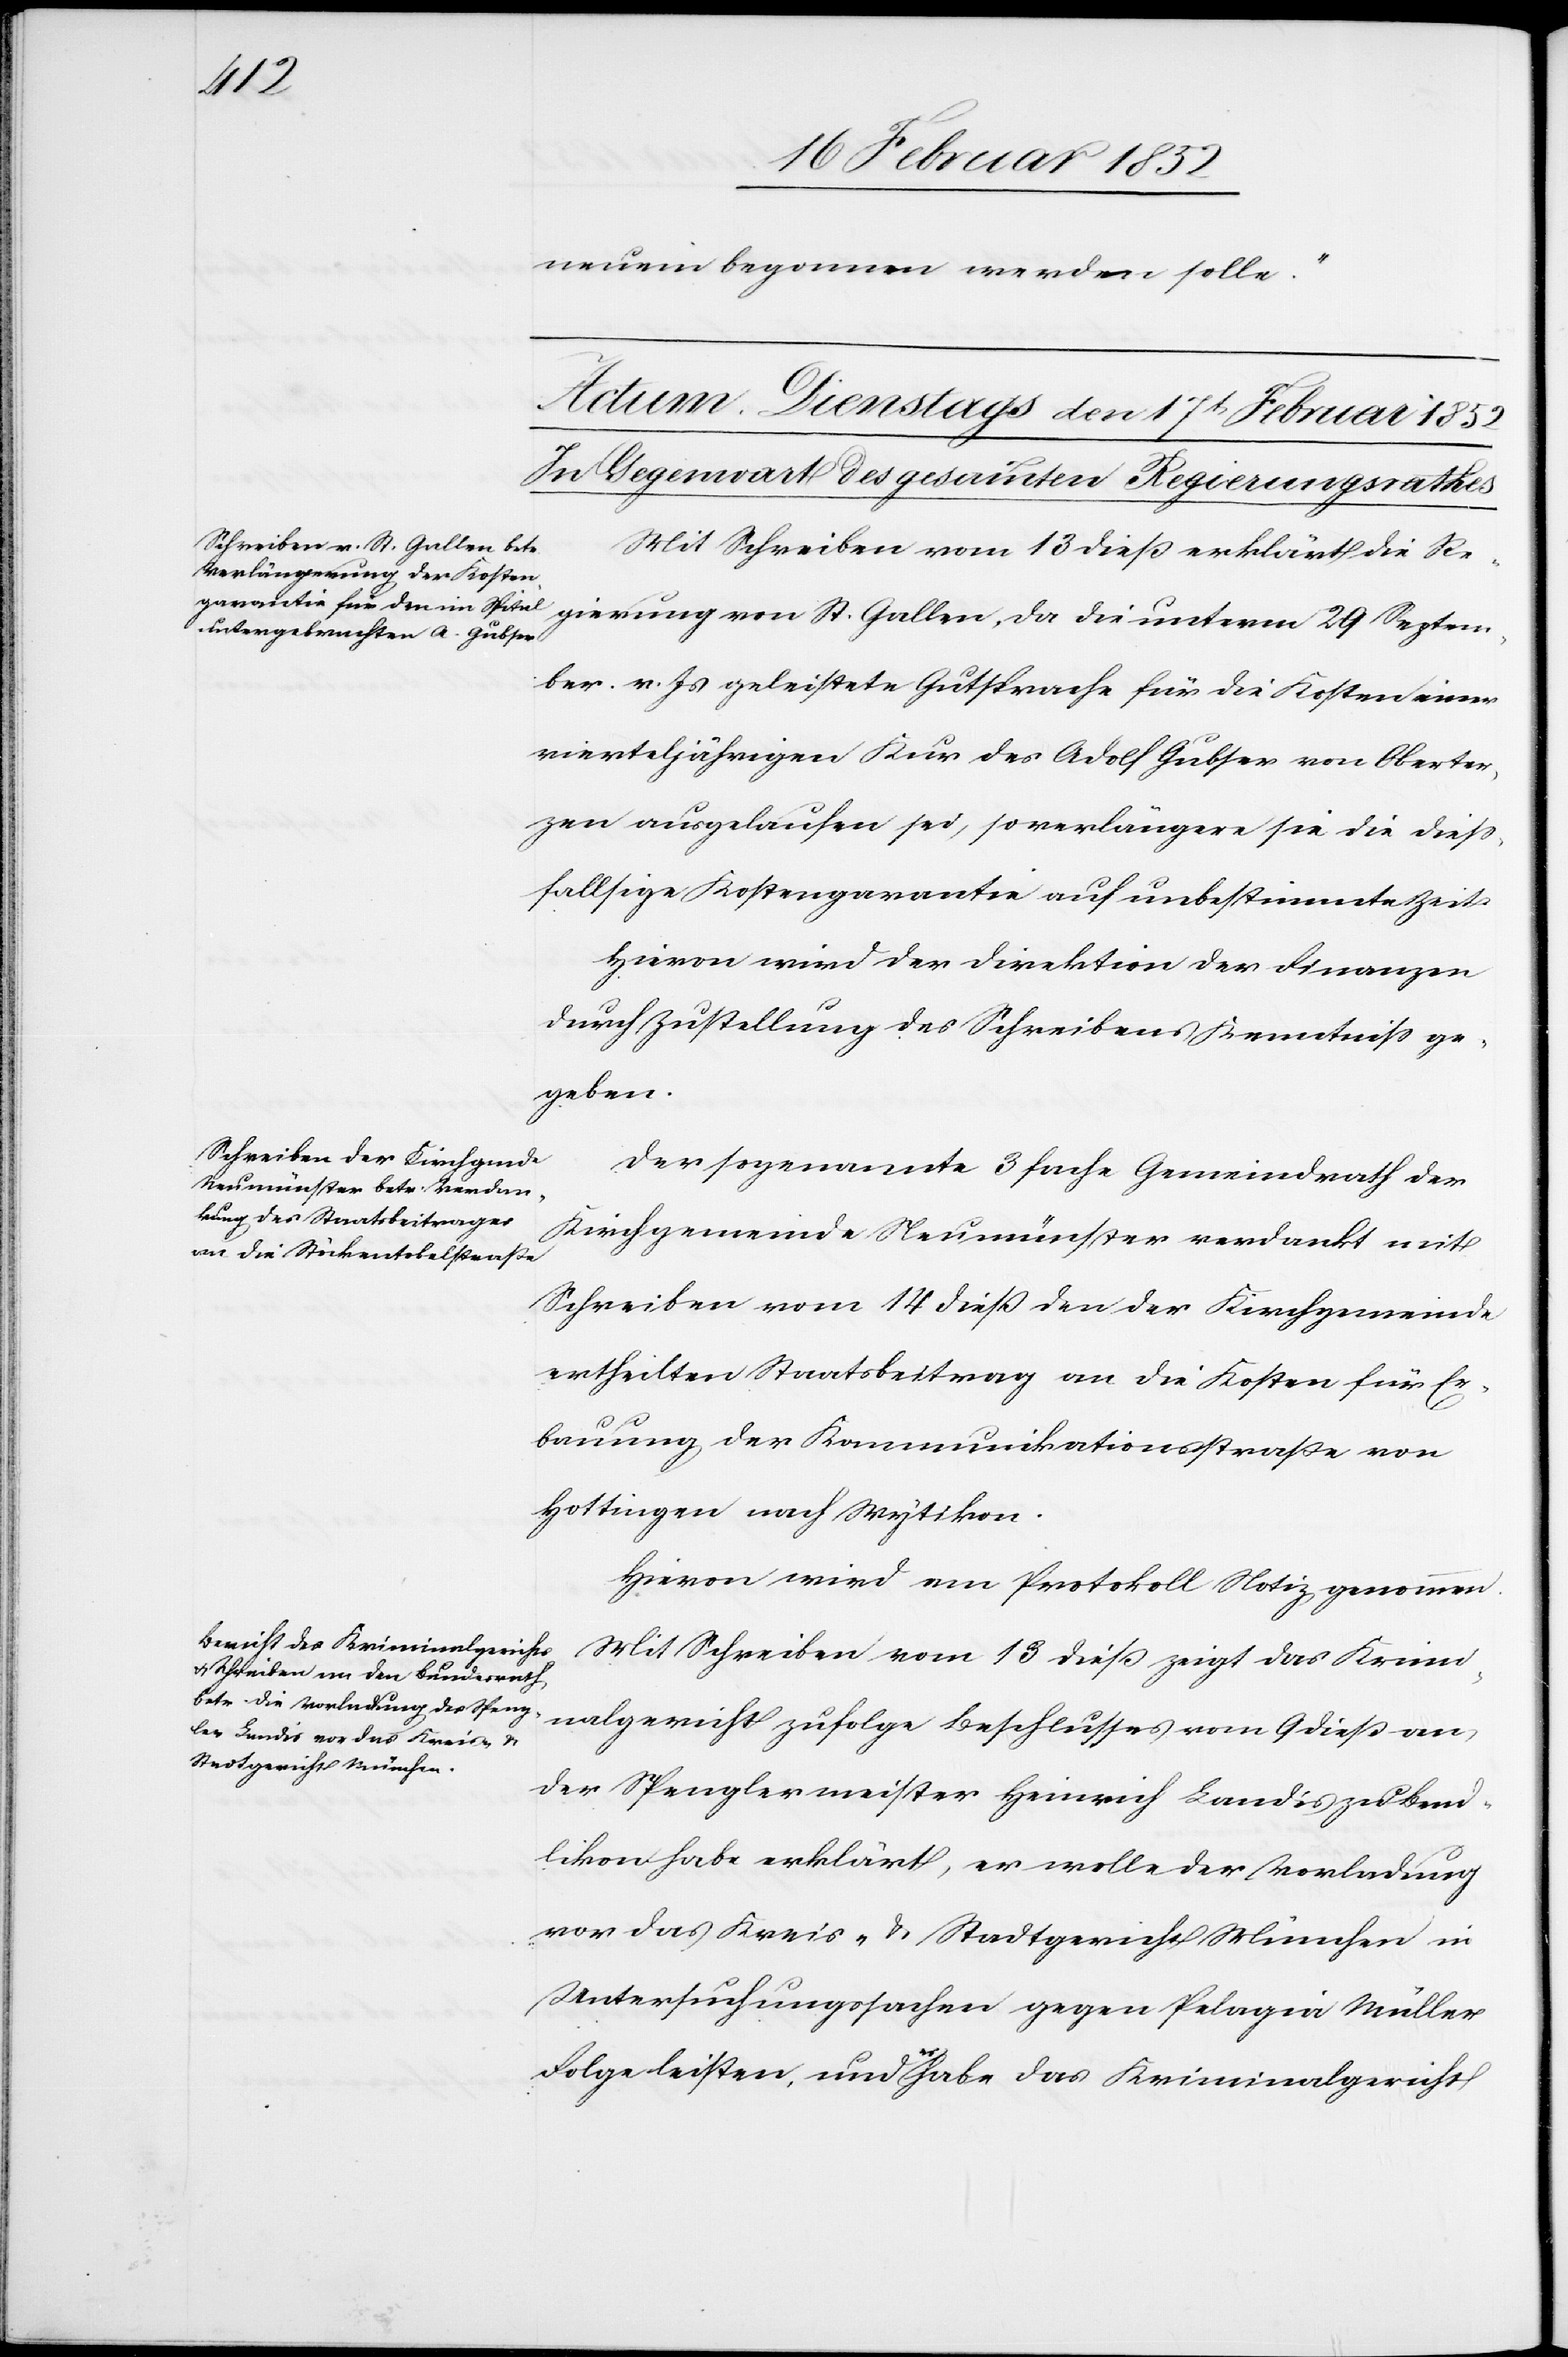
Septe¬
neuem begonnen werden solle.“
Mit Schreiben vom 13 dieß erklärt die Re¬
mber v. Js geleistete Gutsprache für die Kosten einer
vierteljährigen Kur des Adolf Gubser von Oberter¬
zen ausgelaufen sei, so verlängere sie dieß¬
fallsige Kostengarantie auf unbestimmte Zeit.
Hiervon wird der Direktion der Finanzen
durch Zustellung des Schreibens Kenntniß ge¬
geben.
Der sogenannte 3fache Gemeindrath der
Kirchgemeinde Neumünster verdankt mit
Schreiben vom 14 dieß den der Kirchgemeinde
ertheilten Staatsbeitrag an die Kosten für Er¬
bauung der Kommunikationsstraße von
Hottingen nach Wytikon.
Mit Schreiben vom 13 dieß zeigt das Krimi¬
nalgericht zufolge Beschlußes vom 9 dieß an,
der Spenglermeister Heinrich Landis zu Bend¬
likon habe erklärt, er wolle der Vorladung
vor das Kreis- u. Stadtgericht München in
Untersuchungssachen gegen Pelagia Müller
Folge leiste, und habe das Kriminalgericht